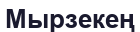
Мырзекең